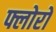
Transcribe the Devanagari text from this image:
फ्लोरों